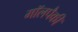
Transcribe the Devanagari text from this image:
मॉलपैकी